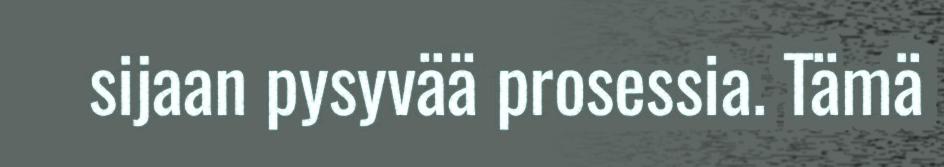
sijaan pysyvää prosessia. Tämä